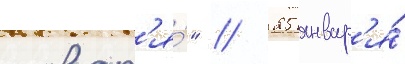
словар'я́" / 25 январ'я́